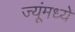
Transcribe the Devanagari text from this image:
ज्यूंमध्ये